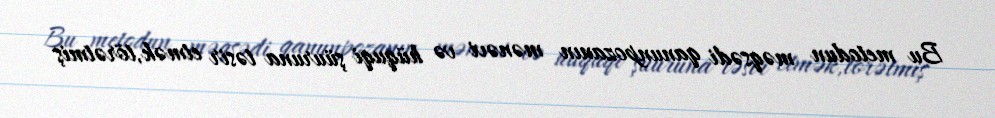
Bu metodun məqsədi qanunpozanın mənəvi və hüquqi şüuruna təsir etmək,törətmiş